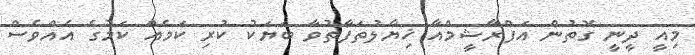
މިއީ ދީނީ ގޮތުން އަފްރާޝީމްއާ ޚިޔާލުތަފާތުވާ ބަޔަކު ކުރި ކަމެއް ކަމުގެ އެއްވެސް